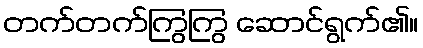
တက်တက်ကြွကြွ ဆောင်ရွက်၏။